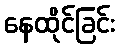
နေထိုင်ခြင်း